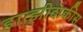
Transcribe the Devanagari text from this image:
हात्झीदाकीस